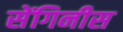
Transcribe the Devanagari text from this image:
सेंगिनीस